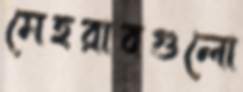
মেহরাবগুলো